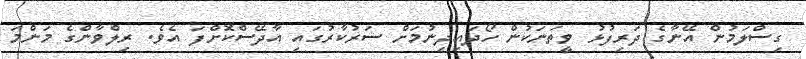
ގިސްލަމުން އޭނާގެ ދަރިފުޅު ވީތަނަކުން ހޯދައިދިނުމަށް ސަރުކާރުގައި އާދޭސްކޮށްފަ އެވެ. ރިލްވާންގެ މަންމަ